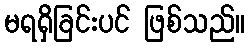
မရရှိခြင်းပင် ဖြစ်သည်။